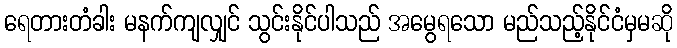
ရေတားတံခါး မနက်ကျလျှင် သွင်းနိုင်ပါသည် အမွေရသော မည်သည့်နိုင်ငံမှမဆို